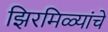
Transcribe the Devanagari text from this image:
झिरमिळ्यांचे